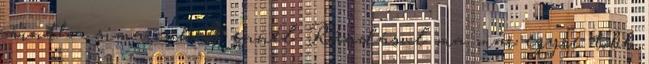
mintha sima cukrot ennél. Ráadásul ma már egyre több